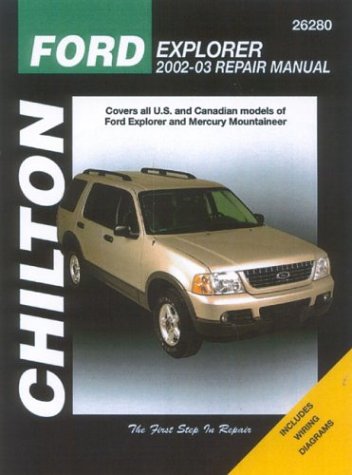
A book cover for Ford Explorer & Mercury Mountaineer: 2002 through 2003 (Chilton Automotive Books); Robert Maddox; Engineering & Transportation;